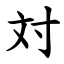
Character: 対